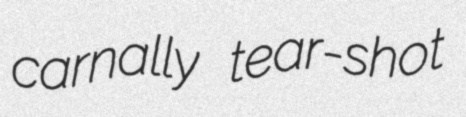
carnally tear-shot